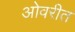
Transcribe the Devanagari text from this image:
ओवरीत